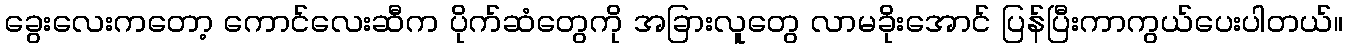
ခွေးလေးကတော့ ကောင်လေးဆီက ပိုက်ဆံတွေကို အခြားလူတွေ လာမခိုးအောင် ပြန်ပြီးကာကွယ်ပေးပါတယ်။